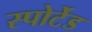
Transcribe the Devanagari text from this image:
स्पोर्टेड